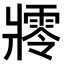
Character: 𤖜